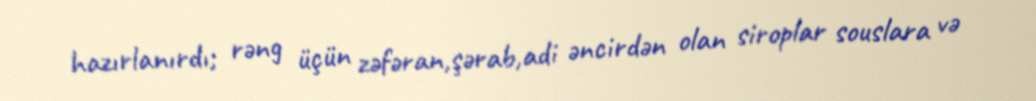
hazırlanırdı; rəng üçün zəfəran,şərab,adi əncirdən olan siroplar souslara və